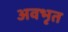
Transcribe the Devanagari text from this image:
अवभृत